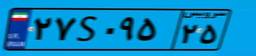
۲۹S۲۴۷۶۹